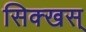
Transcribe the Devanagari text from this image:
सिक्खस्